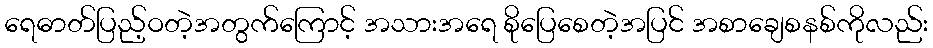
ရေဓာတ်ပြည့်ဝတဲ့အတွက်ကြောင့် အသားအရေ စိုပြေစေတဲ့အပြင် အစာချေစနစ်ကိုလည်း